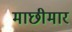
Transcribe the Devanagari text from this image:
माछीमार